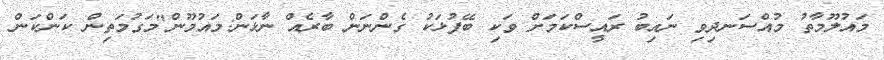
މައުލޫމާތު މުއްސަނދިވި ނައިބު ރައީސްކަމަށް ވަކި ބޭފުޅަކު ގެންނަން ބާރެއް ނާޅަން:މައުމޫން"މަގުމަތިން ކަންކަން